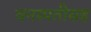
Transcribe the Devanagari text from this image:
वनस्पतीसह